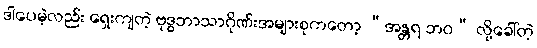
ဒါပေမဲ့လည်း ရှေးကျတဲ့ ဗုဒ္ဓဘာသာဂိုဏ်းအများစုကတော့ “အန္တရ ဘဝ” လို့ခေါ်တဲ့